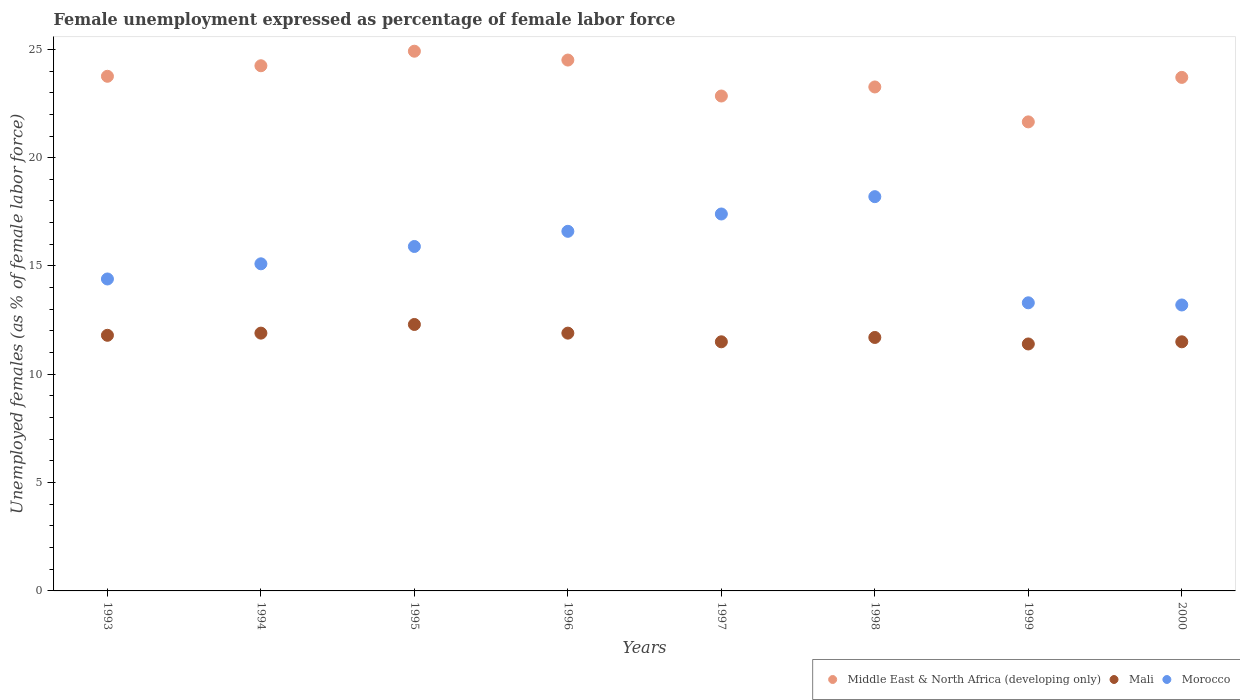
| Years | Middle East & North Africa (developing only) | Mali | Morocco |
 | --- | --- | --- | --- |
 | 1993 | 23.8 | 11.8 | 14.4 |
 | 1994 | 24.2 | 11.9 | 15.1 |
 | 1995 | 24.9 | 12.3 | 15.9 |
 | 1996 | 24.5 | 11.9 | 16.6 |
 | 1997 | 22.8 | 11.5 | 17.4 |
 | 1998 | 23.3 | 11.7 | 18.2 |
 | 1999 | 21.7 | 11.4 | 13.3 |
 | 2000 | 23.7 | 11.5 | 13.2 |